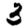
Digit: 3